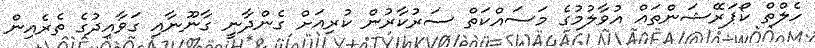
ހެލްތް ކޯޕަރޭޝަންތައް އުވާލުމުގެ މަސައްކަތް ސަރުކާރުން ކުރިއަށް ގެންދާނީ ގާނޫނާއި ގަވާއިދުގެ ތެރެއިން